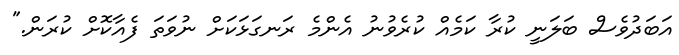
އަބަދުވެސް ބަލަނީ ކުރާ ކަމެއް ކުރެވުނު އެންމެ ރަނގަޅަކަށް ނުވަތަ ފެއާކޮށް ކުރަން."